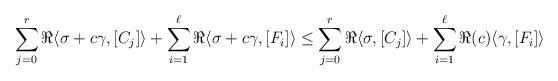
LaTeX: \begin{align*}\sum_{j=0}^r \Re \langle \sigma+c\gamma,[C_j] \rangle+\sum_{i=1}^{\ell} \Re\langle\sigma+c\gamma,[F_i] \rangle\leq \sum_{j=0}^r\Re \langle \sigma,[C_j] \rangle+ \sum_{i=1}^{\ell} \Re(c)\langle \gamma,[F_i]\rangle\end{align*}